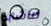
ماشابه